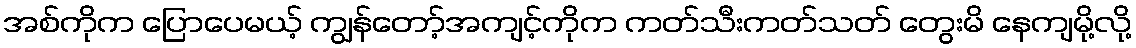
အစ်ကိုက ပြောပေမယ့် ကျွန်တော့်အကျင့်ကိုက ကတ်သီးကတ်သတ် တွေးမိ နေကျမို့လို့